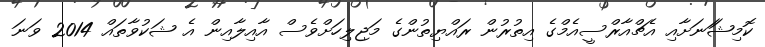
ކޮމިޝަަނަށާއި އެޗްއާރްސީއެމްގެ އިތުރުން ރައްޔިތުންގެ މަޖިލިހަށްވެސް އާއިލާއިން އެ ޝަކުވާާތައް 2014 ވަނަ